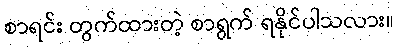
စာရင်း တွက်ထားတဲ့ စာရွက် ရနိုင်ပါသလား။